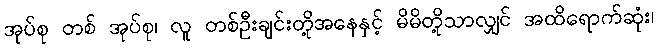
အုပ်စု တစ် အုပ်စု၊ လူ တစ်ဦးချင်းတို့အနေနှင့် မိမိတို့သာလျှင် အထိရောက်ဆုံး၊